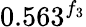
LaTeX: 0.563^{f_{3}}